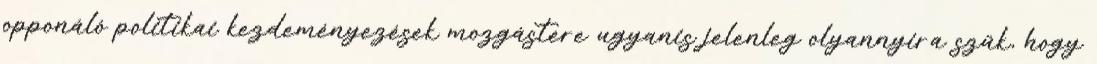
opponáló politikai kezdeményezések mozgástere ugyanis jelenleg olyannyira szűk, hogy